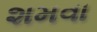
શમવા